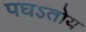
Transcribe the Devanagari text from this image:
पघऽतोय